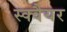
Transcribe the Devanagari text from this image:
स्‍क्‍वैयर